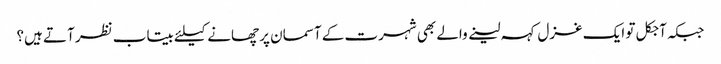
جبکہ آجکل تو ایک غزل کہہ لینے والے بھی شہرت کے آسمان پر چھانے کیلئے بیتاب نظر آتے ہیں؟